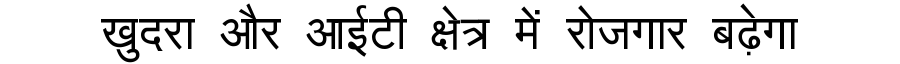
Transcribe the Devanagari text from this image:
खुदरा और आईटी क्षेत्र में रोजगार बढ़ेगा